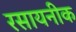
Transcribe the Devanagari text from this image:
रसायनीक